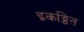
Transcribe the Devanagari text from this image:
इकठ्ठित